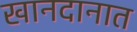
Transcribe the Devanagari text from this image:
खानदानात